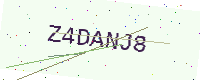
Text: Z4DANJ8